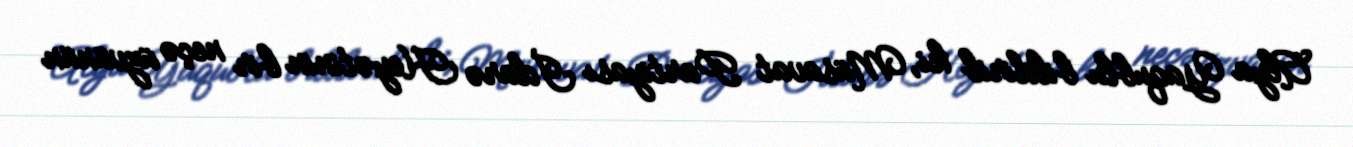
Alya Yaqublu bildirib ki, Müsavat Partiyası İdarə Heyətinin bir neçə üzvünün